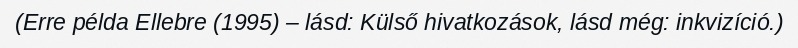
(Erre példa Ellebre (1995) – lásd: Külső hivatkozások, lásd még: inkvizíció.)